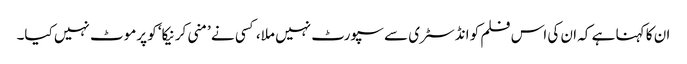
ان کا کہنا ہے کہ ان کی اس فلم کو انڈسٹری سے سپورٹ نہیں ملا، کسی نے ’منی کرنیکا‘ کو پرموٹ نہیں کیا۔